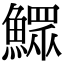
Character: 𩻴